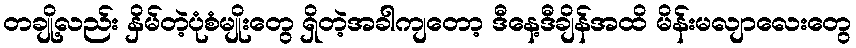
တချို့လည်း နှိမ်တဲ့ပုံစံမျိုးတွေ ရှိတဲ့အခါကျတော့ ဒီနေ့ဒီချိန်အထိ မိန်းမလျာလေးတွေ